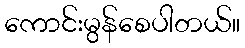
ကောင်းမွန်စေပါတယ်။